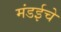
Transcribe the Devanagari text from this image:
मंडईचे